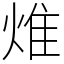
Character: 焳